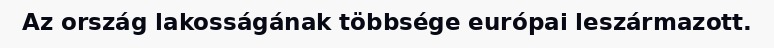
Az ország lakosságának többsége európai leszármazott.